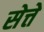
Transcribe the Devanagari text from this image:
सेत्ते